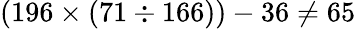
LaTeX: (196\times(71\div 166))-36\neq 65